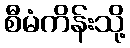
စီမံကိန်းသို့